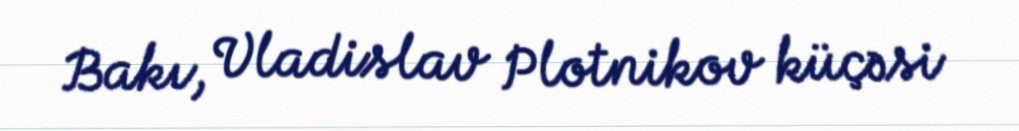
Bakı, Vladislav Plotnikov küçəsi